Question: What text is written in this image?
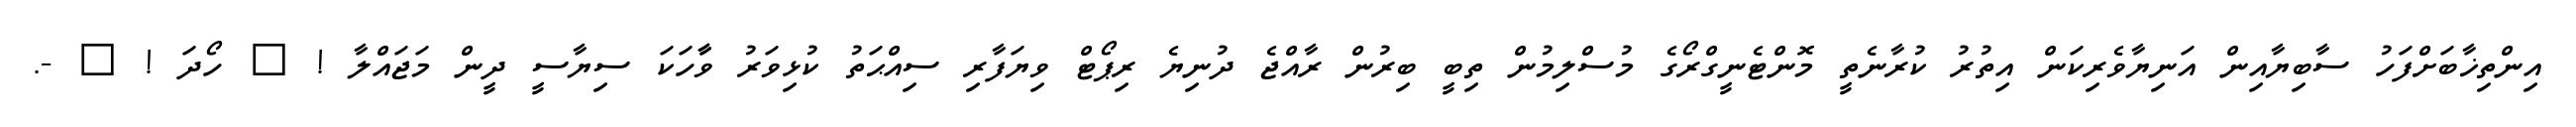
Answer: އިންތިޚާބަށްފަހު ސާބިޔާއިން އަނިޔާވެރިކަން އިތުރު ކުރާނެތީ މޮންޓެނީގްރޯގެ މުސްލިމުން ތިބީ ބިރުން ރާއްޖެ ދުނިޔެ ރިޕޯޓް ވިޔަފާރި ސިއްޙަތު ކުޅިވަރު ވާާހަކަ ސިޔާސީ ދީން މަޖައްލާ ! ? ހޯދަ ! ? -.